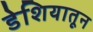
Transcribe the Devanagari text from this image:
डेशियातून